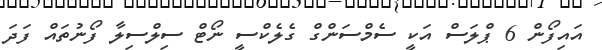
އައިފޯން 6 ޕްލަސް އަކީ ސެމްސަންގް ގެލެކްސީ ނޯޓް ސިލްސިލާ ފޯނުތައް ފަދަ